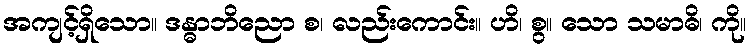
အကျင့်ရှိသော။ ဒန္ဓာဘိညော စ၊ လည်းကောင်း။ ဟိ၊ စွ။ သော သမာဓိ၊ ကို။